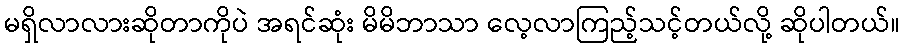
မရှိလာလားဆိုတာကိုပဲ အရင်ဆုံး မိမိဘာသာ လေ့လာကြည့်သင့်တယ်လို့ ဆိုပါတယ်။